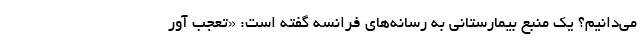
می‌دانیم؟ یک منبع بیمارستانی به رسانه‌های فرانسه گفته است: «تعجب آور